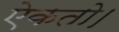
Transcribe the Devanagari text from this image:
ऐकतो।